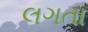
લગતા